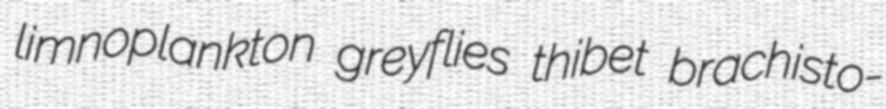
limnoplankton greyflies thibet brachisto-